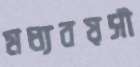
মধ্যবয়সী